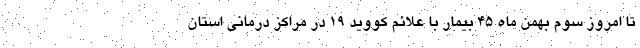
تا امروز سوم بهمن ماه ۴۵ بیمار با علائم کووید ۱۹ در مراکز درمانی استان